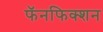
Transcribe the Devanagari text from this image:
फॅनफिक्शन